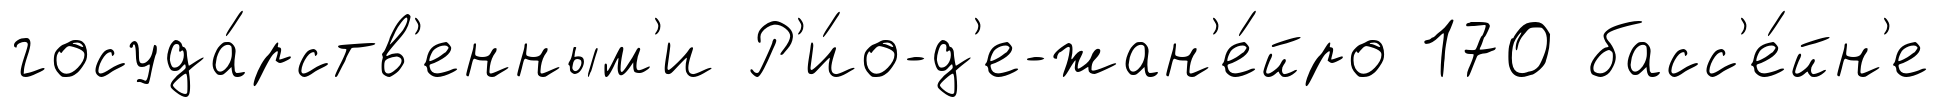
госуда́рств'енным'и Р'и́о-д'е-жан'е́йро 170 басс'е́йн'е